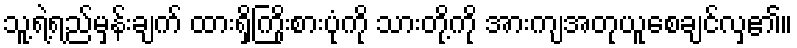
သူ့ရဲ့ရည်မှန်းချက် ထားရှိကြိုးစားပုံကို သားတို့ကို အားကျအတုယူစေချင်လှ၏။